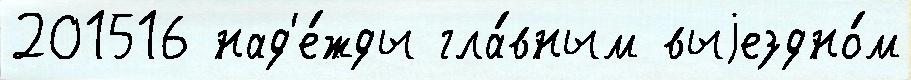
201516 над'е́жды гла́вным выjездно́м